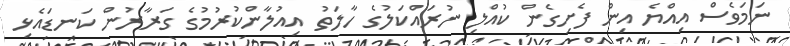
ނަމަވެސް އިއްޔެ އިން ފެށިގެން ކުއްލި ނުރައްކަލުގެ ހާލަތު އިއުލާންކުރުމުގެ ގަރާރުން ކަނޑައެޅި